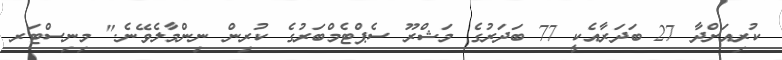
ކުރިއަށްދާ 27 ބަދަރާއެކީ 77 ބަދަރުގެ މަޝްރޫ ސެޕްޓެމްބަރުގެ ކުރިން ނިންމާލެވޭނެ." މިނިސްޓަރ